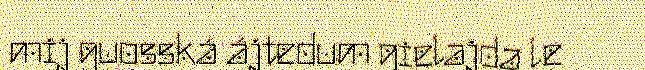
mij guosská ájtedum gielajda le